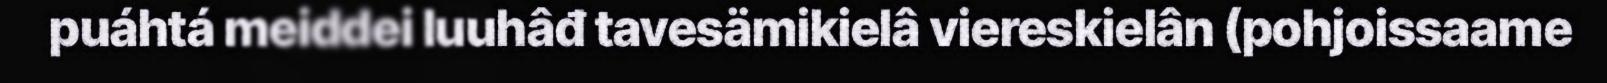
puáhtá meiddei luuhâđ tavesämikielâ viereskielân (pohjoissaame